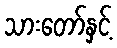
သားတော်နှင့်